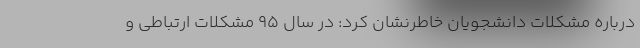
درباره مشکلات دانشجویان خاطرنشان کرد: در سال ۹۵ مشکلات ارتباطی و